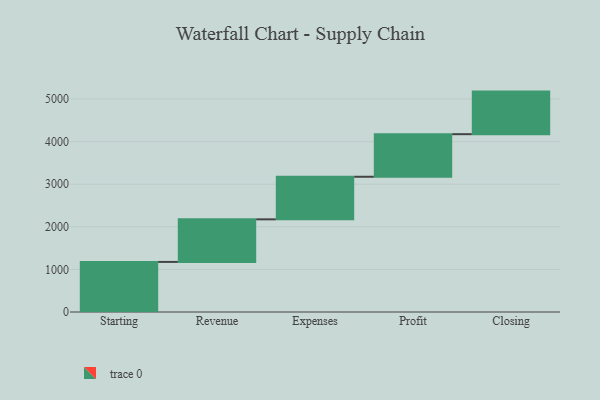
{"axis": {"x": "Step", "y": "Value"}, "legend": [""], "data": [{"x": "Starting", "y": 1176.0, "type": ""}, {"x": "Revenue", "y": 1000, "type": ""}, {"x": "Expenses", "y": 1000, "type": ""}, {"x": "Profit", "y": 1000, "type": ""}, {"x": "Closing", "y": 1000, "type": ""}]}